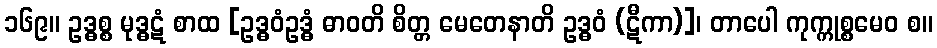
၁၆၉။ ဥဒ္ဓစ္စ မုဒ္ဓဋံ စာထ [ဥဒ္ဓဝံဥဒ္ဓံ ဓာဝတိ စိတ္တ မေတေနာတိ ဥဒ္ဓဝံ (ဋီကာ)]၊ တာပေါ ကုက္ကုစ္စမေဝ စ။